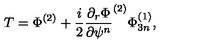
T = \Phi ^ { ( 2 ) } + \frac { i } { 2 } \frac { \partial _ { r } \Phi } { \partial \psi ^ { n } } ^ { ( 2 ) } \Phi _ { 3 n } ^ { ( 1 ) } ,